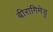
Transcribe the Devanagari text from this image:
बीरांगिमेडु